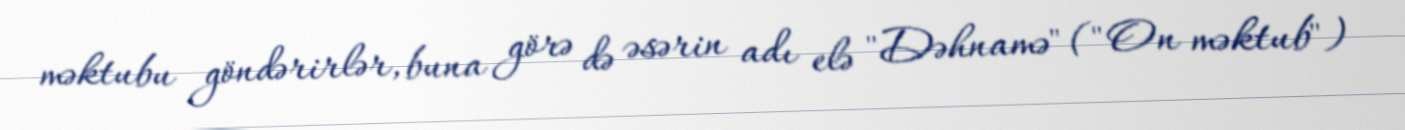
məktubu göndərirlər, buna görə də əsərin adı elə "Dəhnamə" ("On məktub")